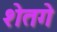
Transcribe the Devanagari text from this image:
शेतगे